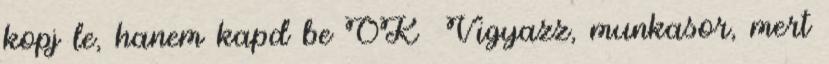
kopj le, hanem kapd be OK Vigyazz, munkasor, mert